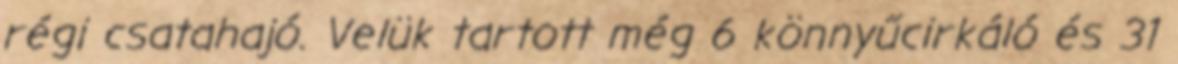
régi csatahajó. Velük tartott még 6 könnyűcirkáló és 31